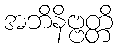
အဘိနိဗ္ဗတ္တိ